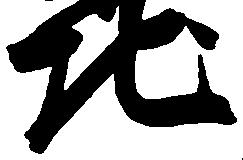
地